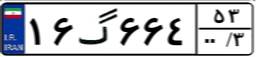
۱۶گ۶۶۴۵۳